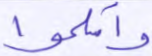
وأسلموا